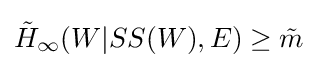
{\tilde {H}}_{\mathrm {\infty } }(W|SS(W),E)\geq {\tilde {m}}